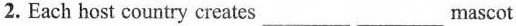
2. Each host country creates___ ___mascot